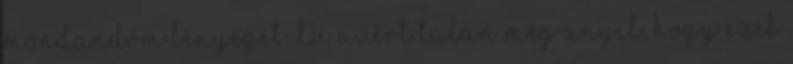
mondandóm lényegét. De azért talán még anyit, hogy ezek